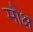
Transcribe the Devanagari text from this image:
मौक्ष